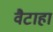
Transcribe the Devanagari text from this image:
वैटाहा